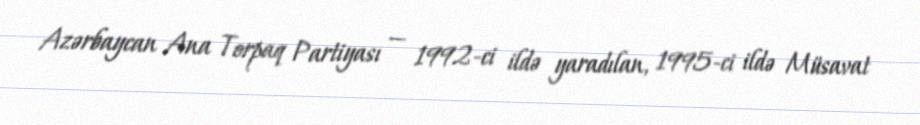
Azərbaycan Ana Torpaq Partiyası — 1992-ci ildə yaradılan, 1995-ci ildə Müsavat